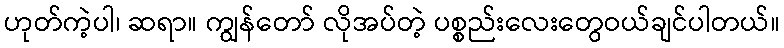
ဟုတ်ကဲ့ပါ၊ ဆရာ။ ကျွန်တော် လိုအပ်တဲ့ ပစ္စည်းလေးတွေဝယ်ချင်ပါတယ်။